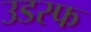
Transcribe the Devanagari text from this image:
उडस्फ